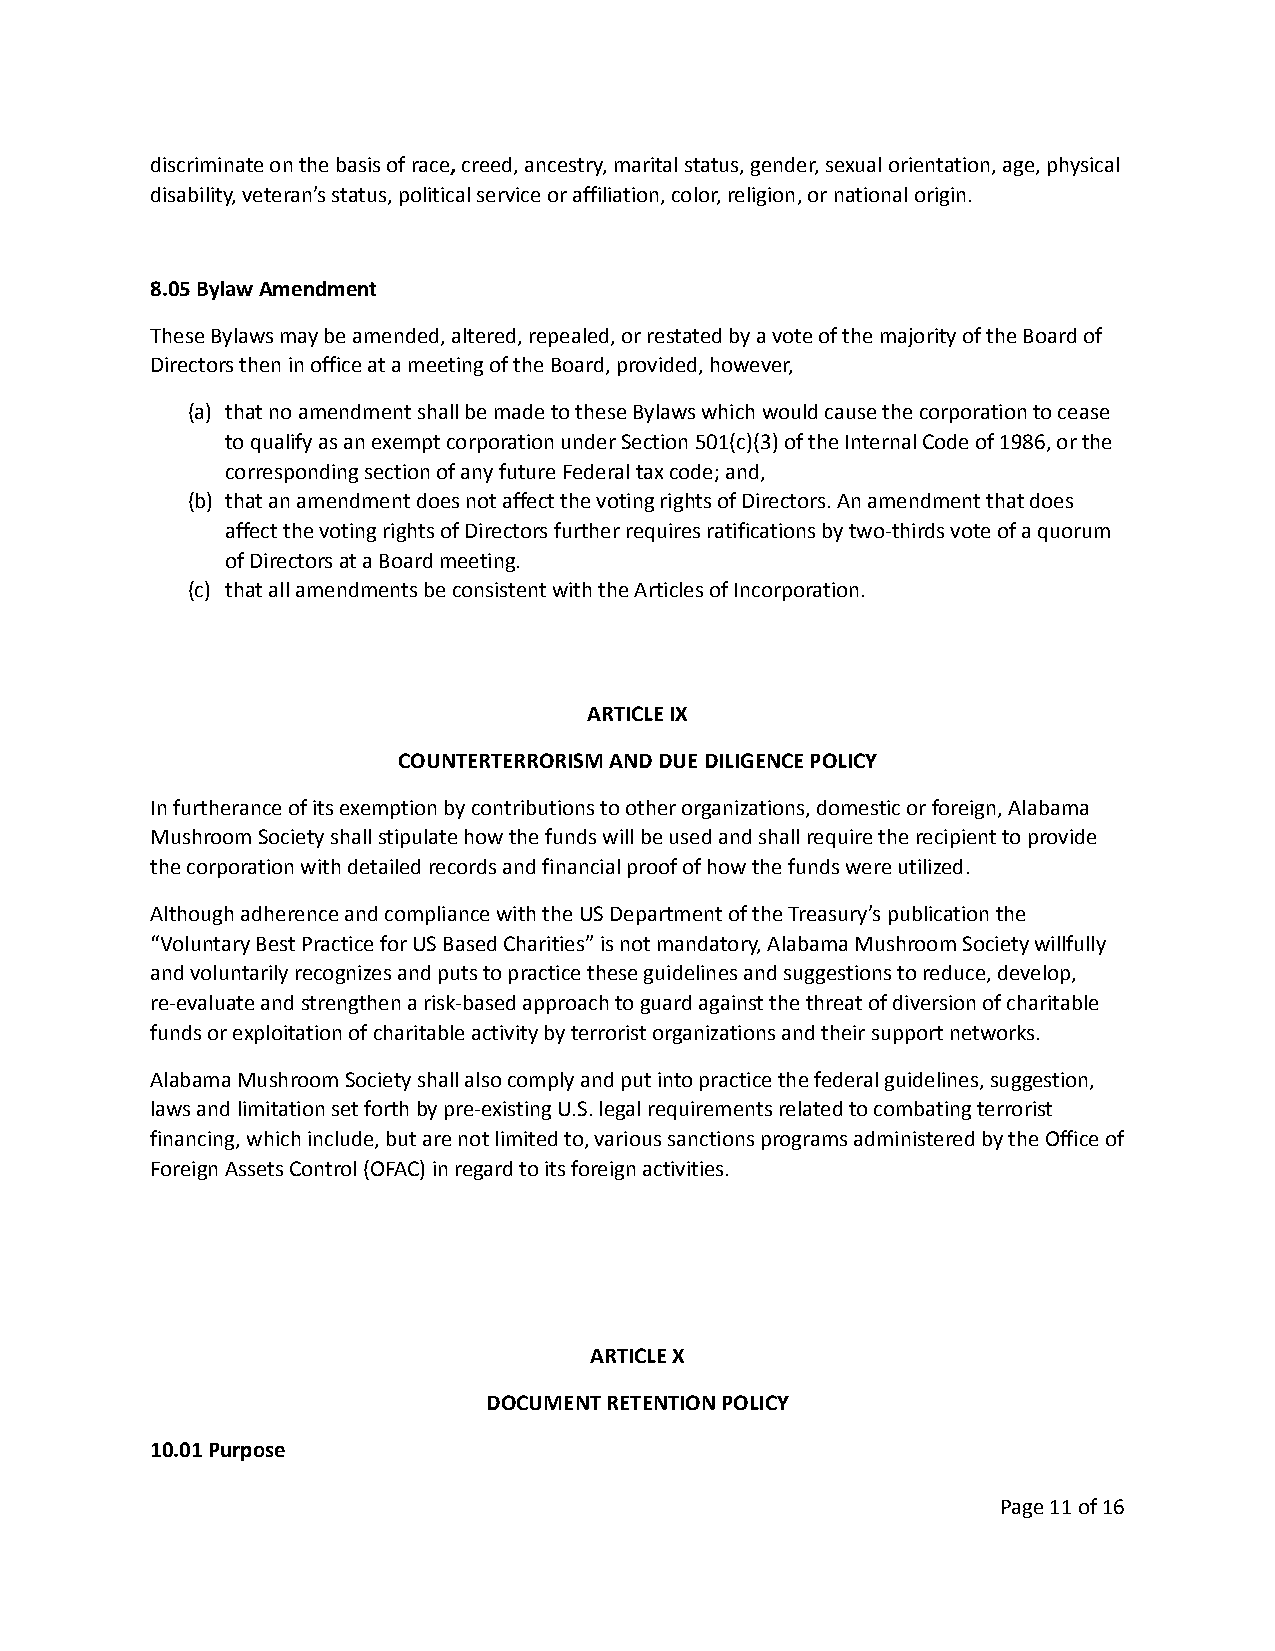
discriminate on the basis of race,creed, ancestry, marital status, gender, sexual orientation, age, physical
 disability, veteran’s status, political service or affiliation, color, religion, or national origin.
 8.05 Bylaw Amendment
 These Bylaws may be amended, altered, repealed, or restated by a vote of the majority of the Board of
 Directorsthen in office at a meeting of the Board,provided, however,
 (a) that no amendment shall be made to these Bylaws which would cause the corporation to cease
 to qualify as an exempt corporation under Section 501(c)(3) of the Internal Code of 1986, or the
 corresponding section of any future Federal tax code; and,
 (b) that an amendment does not affect the voting rights of Directors. An amendment that does
 affect the voting rights of Directors further requires ratifications by two-thirds vote of a quorum
 of Directors at a Board meeting.
 (c) that all amendments be consistent with the Articles of Incorporation.
 ARTICLE IX
 COUNTERTERRORISM AND DUE DILIGENCE POLICY
 In furtherance of its exemption by contributions to other organizations, domestic or foreign, Alabama
 Mushroom Society shall stipulate how the funds will be used and shall require the recipient to provide
 the corporation with detailed records and financial proof of how the funds were utilized.
 Although adherence and compliance with the US Department of the Treasury’s publication the
 “Voluntary Best Practice for US Based Charities” is not mandatory, Alabama Mushroom Society willfully
 and voluntarily recognizes and puts to practice these guidelines and suggestions to reduce, develop,
 re-evaluate and strengthen a risk-based approach to guard against the threat of diversion of charitable
 funds or exploitation of charitable activity by terrorist organizations and their support networks.
 Alabama Mushroom Society shall also comply and put into practice the federal guidelines, suggestion,
 laws and limitation set forth by pre-existing U.S. legal requirements related to combating terrorist
 financing, which include, but are not limited to, various sanctions programs administered by the Office of
 Foreign Assets Control (OFAC) in regard to its foreign activities.
 ARTICLE X
 DOCUMENT RETENTION POLICY
 10.01 Purpose
 Page11of 16